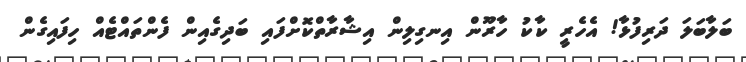
ބަލާބަލަ ދަރިފުޅާ! އެހެރީ ކާކު ހާރޫން އިނގިލިން އިޝާރާތްކޮށްފައި ބަދިގެއިން ފެންތައްޓެއް ހިފައިގެން